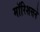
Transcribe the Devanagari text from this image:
मॉरिशसने